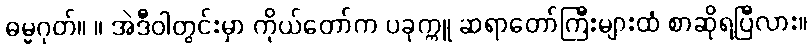
ဓမ္မဂုတ်။ ။ အဲဒီဝါတွင်းမှာ ကိုယ်တော်က ပခုက္ကူ ဆရာတော်ကြီးများထံ စာဆိုရပြီလား။